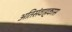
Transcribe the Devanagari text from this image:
अतिसंवाहकास